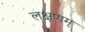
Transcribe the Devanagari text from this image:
लक्षणम्